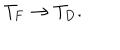
T _ { \mathrm { F } } \rightarrow T _ { \mathrm { D } } .